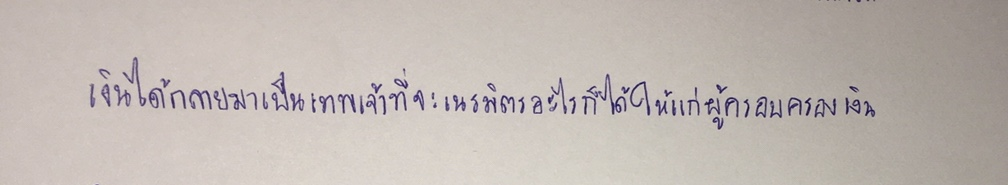
เงินได้กลายมาเป็นเทพเจ้าที่จะเนรมิตรอะไรก็ได้ให้แก่ผู้ครอบครองเงิน